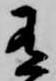
有